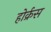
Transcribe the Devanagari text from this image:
होर्क्रस